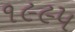
૧૯૯૫